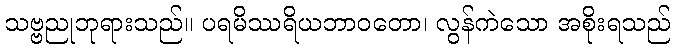
သဗ္ဗညုဘုရားသည်။ ပရမိဿရိယဘာဝတော၊ လွန်ကဲသော အစိုးရသည်